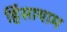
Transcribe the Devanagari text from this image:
हिंसायाम